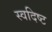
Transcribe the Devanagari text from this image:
स्वदिष्ट